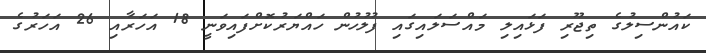
ކައުންސިލުގެ ތިޖޫރި ފަޅައިލި މައްސަލައިގައި ފުލުހުން ހައްޔަރުކޮށްފައިވަނީ 18 އަހަރާއި 26 އަހަރުގެ